Bombay plague: being a history of the progress of plague in the Bombay presidency from September 1896 to June 1899
Year: 1896
Disease focus: Plague
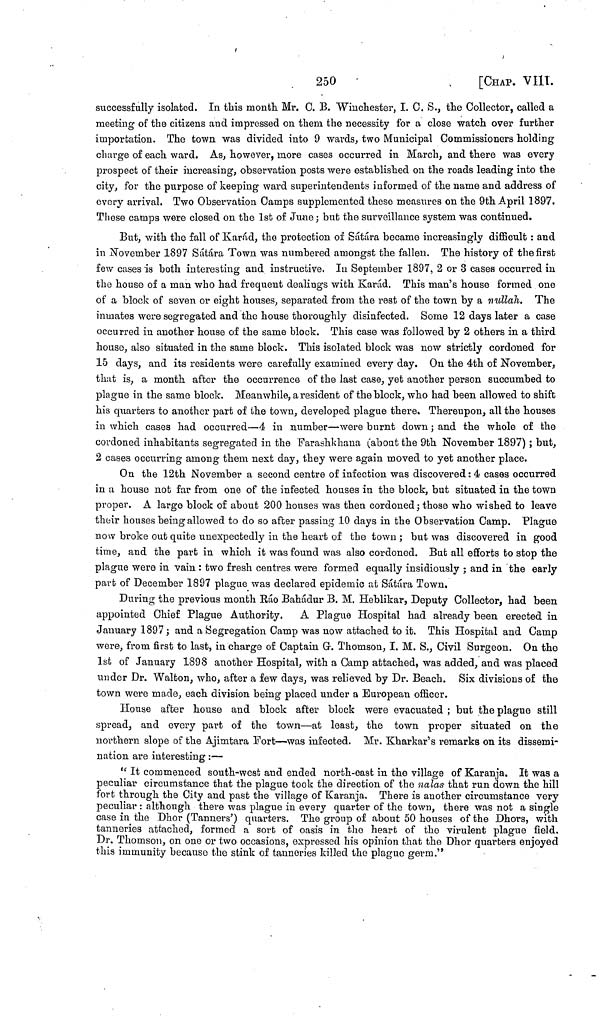
250
[CHAP. VIII.
successfully isolated. In this month. Mr. C. B. "Winchester, I. C. S., the Collector, called a
meeting of the citizens and impressed on them the necessity for a close watch over further
importation. The town was divided into 9 wards, two Municipal Commissioners holding
charge of each ward. As, however, more cases occurred in March, and there was every
prospect of their increasing, observation posts were established on the roads leading into the
city, for the purpose of keeping ward superintendents informed of the name and address of
every arrival. Two Observation Camps supplemented these measures on the 9th April 1897.
Those camps were closed on the 1st of June ; but the surveillance system was continued.
But, with the fall of Karád, the protection of Satára became increasingly difficult : and
in November 1897 Sátára Town was numbered amongst the fallen. The history of the first
few cases is both interesting and instructive. In September 1897, 2 or 3 cases occurred in
the house of a man who had frequent dealings with Karád. This man's house formed one
of a block of seven or eight houses, separated from the rest of the town by a nullah. The
inmates were segregated and the house thoroughly disinfected. Some 12 days later a case
occurred in another house of the sanie block. This case was followed by 2 others in a third
house, also situated in the same block. This isolated block was now strictly cordoned for
15 days, and its residents were carefully examined every day. On the 4th of November,
that is, a month after the occurrence of the last case, yet another person succumbed to
plague in the same block. Meanwhile, a resident of the block, who had been allowed to shift
his quarters to another part of the town, developed plague there. Thereupon, all the houses
in which cases had occurred—4 in number—were burnt down ; and the whole of the
cordoned inhabitants segregated in the Farashkhana (about the 9th November 1897) ; but,
2 cases occurring among them next day, they were again moved to yet another place.
On the 12th November a second centre of infection was discovered : 4 cases occurred
in a house not far from one of the infected houses in the block, but situated in the town
proper. A large block of about 200 houses was then cordoned ; those who wished to leave
their houses being allowed to do so after passing 10 days in the Observation Camp. Plague
now broke out quite unexpectedly in the heart of the town ; but was discovered in good
time, and the part in which it was found was also cordoned. But all efforts to stop the
plague were in vain : two fresh centres were formed equally insidiously ; and in the early
part of December 1897 plague was declared epidemic at Sátára Town.
During the previous month Ráo Bahadur B. M. Heblikar, Deputy Collector, had been
appointed Chief Plague Authority.
A Plague Hospital had already been erected in
January 1897; and a Segregation Camp was now attached to it. This Hospital and Camp
were, from first to last, in charge of Captain G. Thomson, I. M. S., Civil Surgeon. On the
1st of January 1898 another Hospital, with a Camp attached, was added, and was placed
under Dr. Walton, who, after a few days, was relieved by Dr. Beach. Six divisions of the
town were made, each division being placed under a European officer.
House after house and block after block were evacuated ; but the plague still
spread, and every part of the town—at least, the town proper situated on the
northern slope of the Ajimtara Fort—was infected. Mr. Kharkar's remarks on its dissemi-
nation are interesting :—
"It commenced south-west and ended north-east in the village of Karanja. It was a
peculiar circumstance that the plague took the direction of the nalas that run down the hill
fort through the City and past the village of Karanja. There is another circumstance very
peculiar : although there was plague in every quarter of the town, there was not a single
case in the Dhor (Tanners') quarters. The group of about 50 houses of the Dhors, with
tanneries attached, formed a sort of oasis in the heart of the virulent plague field.
Dr. Thomson, on one or two occasions, expressed his opinion that the Dhor quarters enjoyed
this immunity because the stink of tanneries killed the plague germ."